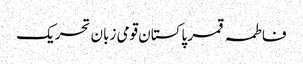
فاطمہ قمر پاکستان قومی زبان تحریک